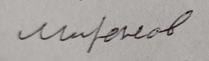
Signature authenticity: forged